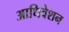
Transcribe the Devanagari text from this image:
आधिवेशन